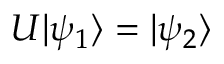
U | \psi _ { 1 } \rangle = | \psi _ { 2 } \rangle